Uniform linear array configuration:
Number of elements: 8
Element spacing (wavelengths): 0.25
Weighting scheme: cosine
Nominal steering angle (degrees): -60
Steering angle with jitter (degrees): -59.107
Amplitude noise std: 0.05
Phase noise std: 0.05

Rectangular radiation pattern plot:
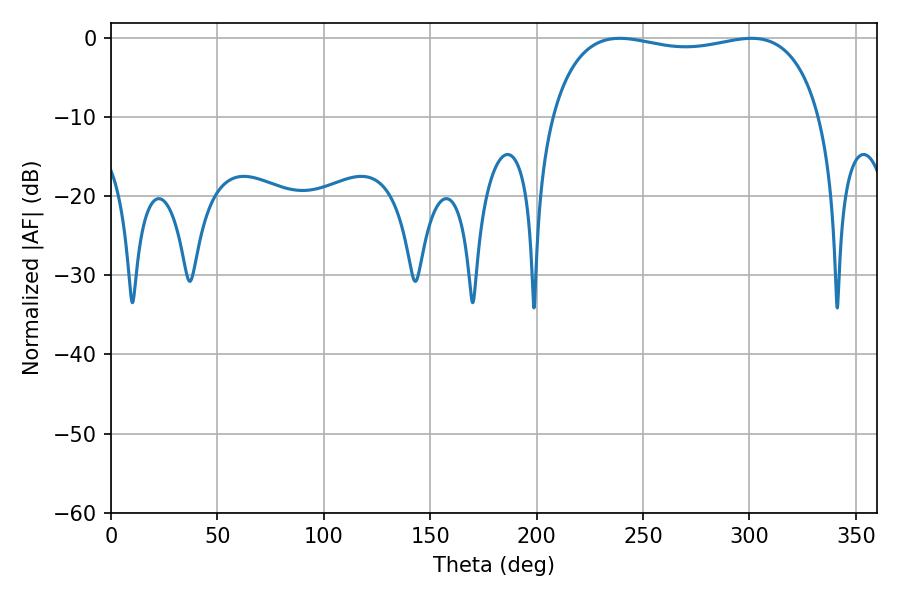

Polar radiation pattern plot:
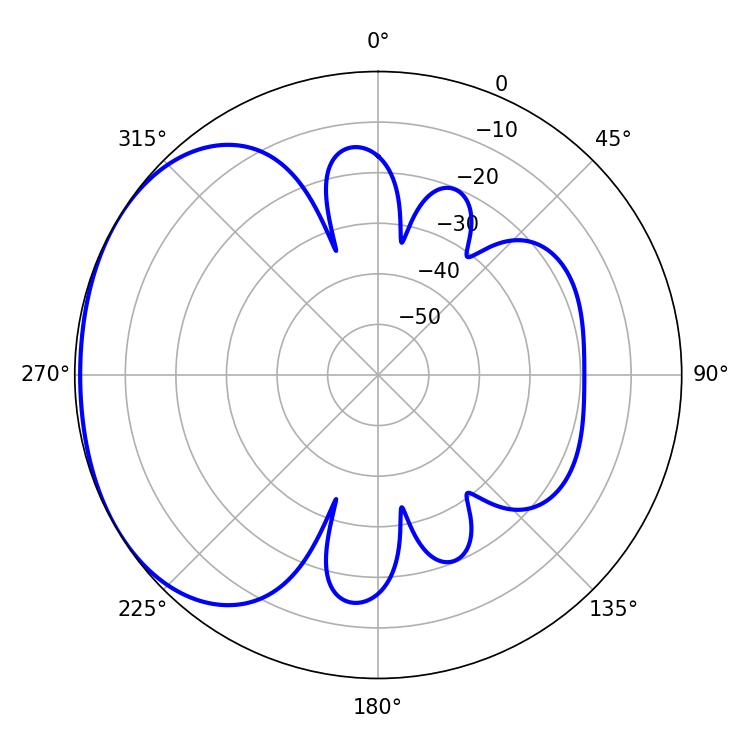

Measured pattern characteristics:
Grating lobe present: FALSE
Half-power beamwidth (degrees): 102.6
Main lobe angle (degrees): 239.04